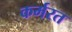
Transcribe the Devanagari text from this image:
कर्मरत